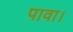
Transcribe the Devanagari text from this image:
पावा।